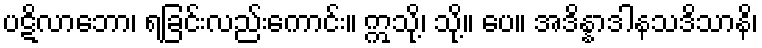
ပဋိလာဘော၊ ရခြင်းလည်းကောင်း။ ဣသို့၊ သို့။ ပေ။ အဒိန္နာဒါနသဒိသာနိ၊